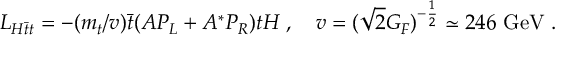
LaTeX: { \cal L } _ { H \bar { t } t } = - ( m _ { t } / v ) \bar { t } ( A P _ { L } + A ^ { * } P _ { R } ) t H \; , \quad v = ( \sqrt { 2 } G _ { F } ) ^ { - { \frac { 1 } { 2 } } } \simeq 2 4 6 \mathrm { ~ G e V } \; .